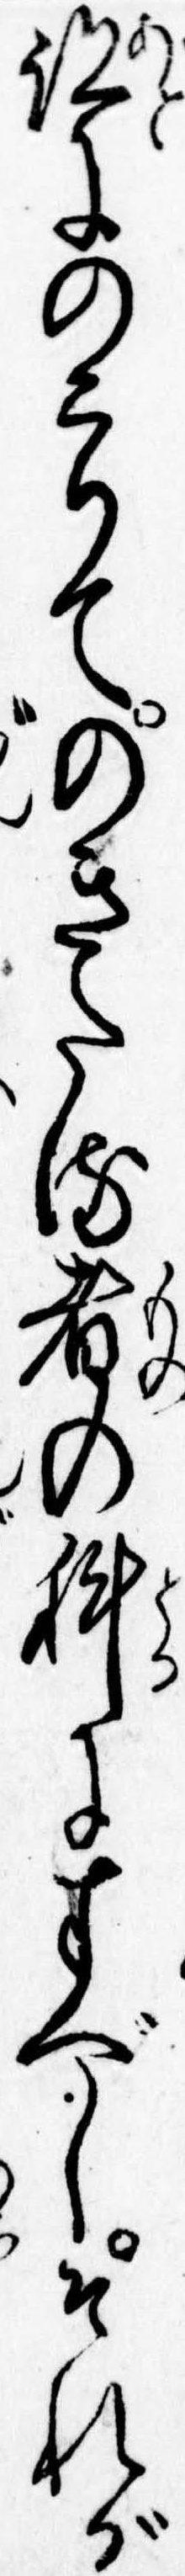
跡にのこりてのきたる者の科にすべしそれが